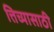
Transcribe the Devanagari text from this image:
त्तिच्यासाठी